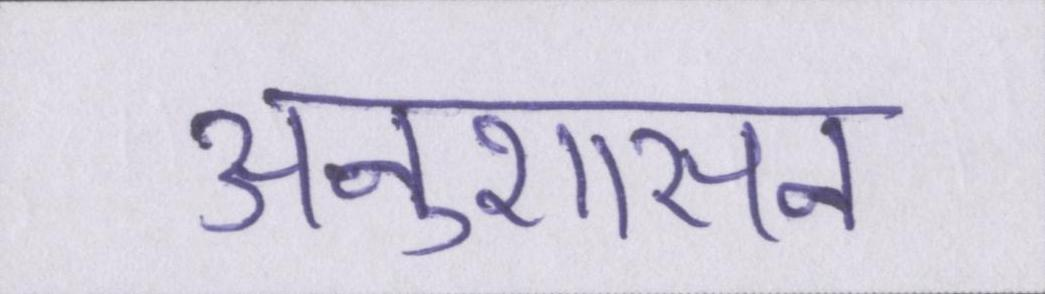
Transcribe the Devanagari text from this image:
अनुशासन